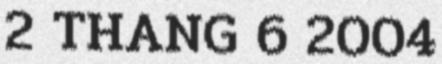
2 THANG 6 2004